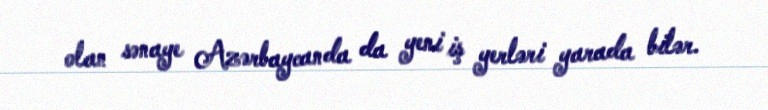
olan sənaye Azərbaycanda da yeni iş yerləri yarada bilər.